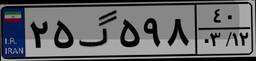
۳۳گ۲۰۴۷۴